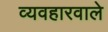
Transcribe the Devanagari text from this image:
व्यवहारवाले